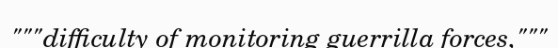
"""difficulty of monitoring guerrilla forces,"""